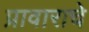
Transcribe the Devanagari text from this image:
प्रावाराचे